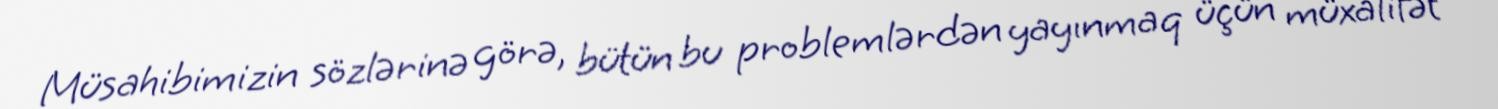
Müsahibimizin sözlərinə görə, bütün bu problemlərdən yayınmaq üçün müxalifət